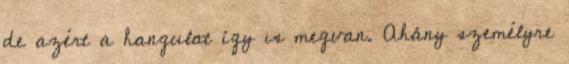
de azért a hangulat így is megvan. Ahány személyre